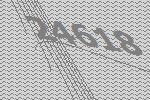
24618